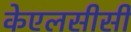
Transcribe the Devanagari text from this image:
केएलसीसी